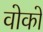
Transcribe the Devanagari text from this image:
वोको